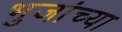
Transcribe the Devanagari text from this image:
भुजांच्या